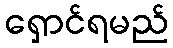
ရှောင်ရမည်